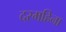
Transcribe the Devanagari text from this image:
दरमहिना